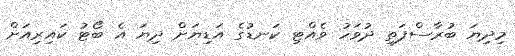
މިދިޔަ ބުރާސްފަތި ދުވަހު ވެއްޓި ކަނޑުގެ އަޑިޔަށް ދިޔަ އެ ބޯޓު ކައިރިއަށް